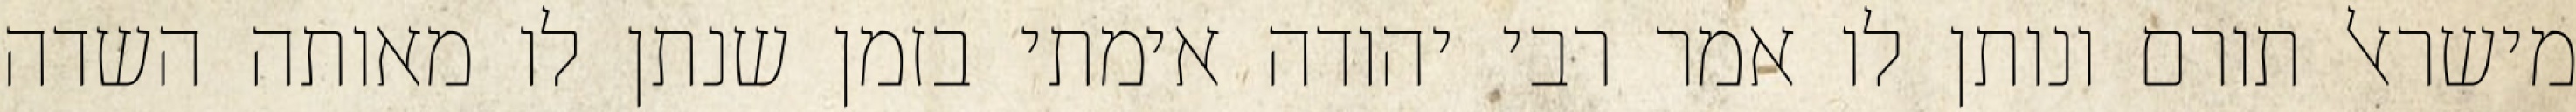
מישראל תורם ונותן לו אמר רבי יהודה אימתי בזמן שנתן לו מאותה השדה